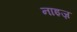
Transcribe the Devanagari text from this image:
नाइज़